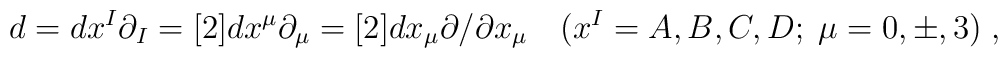
d=dx^I \partial_I=[2] dx^{\mu} \partial_{\mu} =[2] dx_{\mu} \partial / \partial x_{\mu}\quad (x^I=A,B,C,D;\; \mu=0, \pm , 3)\;,